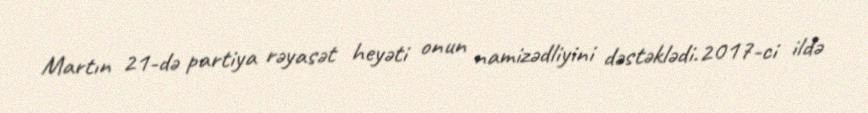
Martın 21-də partiya rəyasət heyəti onun namizədliyini dəstəklədi.2017-ci ildə